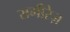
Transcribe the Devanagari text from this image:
रामीरेज़